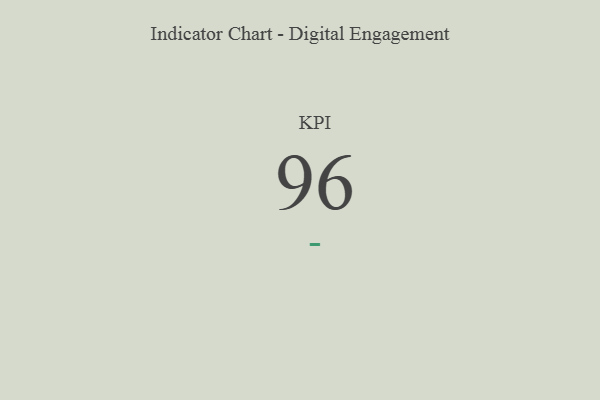
{"axis": {"x": "KPI", "y": "Value"}, "legend": [""], "data": [{"x": "KPI", "y": 96, "type": ""}]}